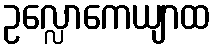
ဥလ္လောကေယျာထ